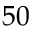
5 0